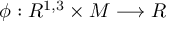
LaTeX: \phi : R ^ { 1 , 3 } \times { \cal M } \longrightarrow R